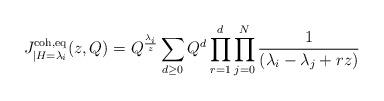
LaTeX: \begin{align*} J^{\textnormal{coh},\textnormal{eq}}_{|H=\lambda_i}(z,Q) = Q^\frac{\lambda_i}{z} \sum_{d \geq 0} Q^d \prod_{r=1}^d \prod_{j=0}^N \frac{1}{(\lambda_i-\lambda_j+rz)} \end{align*}